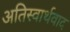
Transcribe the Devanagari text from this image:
अतिस्वार्थवाद